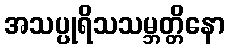
အသပ္ပုရိသသမ္ဘတ္တိနော